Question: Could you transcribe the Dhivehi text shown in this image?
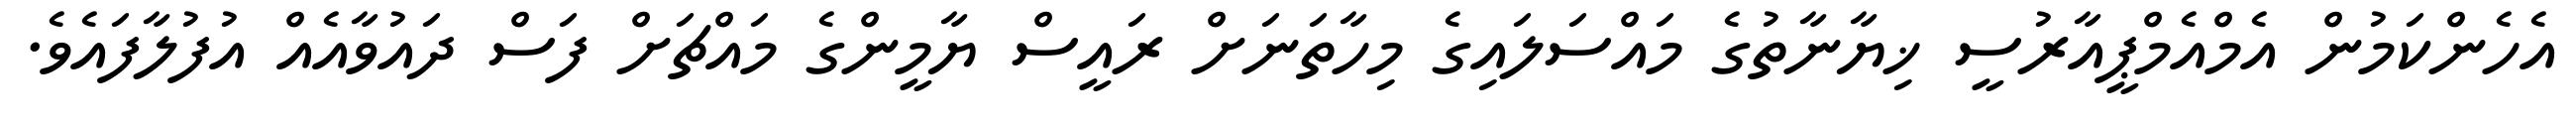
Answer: އެހެންކަމުން އެމްއެމްޕީއާރުސީ ޚިޔާނާތުގެ މައްސަލައިގެ މިހާތަނަށް ރައީސް ޔާމީންގެ މައްޗަށް ފަސް ދައުވާއެއް އުފުލާފައެވެ.